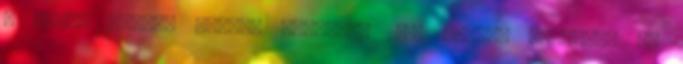
A heavy metalt játszó formáció 2016 nyarán alakult, az